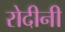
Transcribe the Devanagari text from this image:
रोदीनी